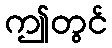
ဤတွင်